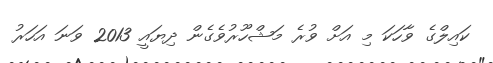
ކައިލްގެ ވާހަކަ މި އަށް ވުރެ މަޝްހޫރުވެގެން ދިޔައީ 2013 ވަނަ އަހަރު